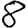
Digit: 8